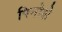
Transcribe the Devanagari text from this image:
पिनोशे